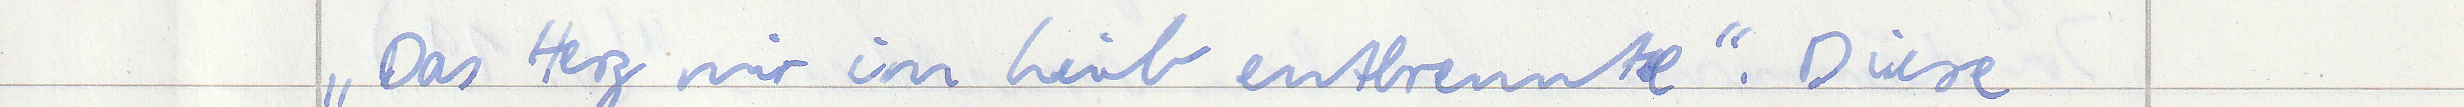
"Das Herz mir im Leib entbrennte". Diese